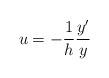
LaTeX: \begin{align*}u=-\frac 1h \frac{y'}{y}\end{align*}